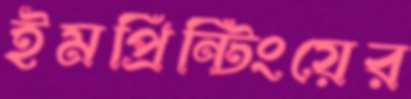
ইমপ্রিন্টিংয়ের